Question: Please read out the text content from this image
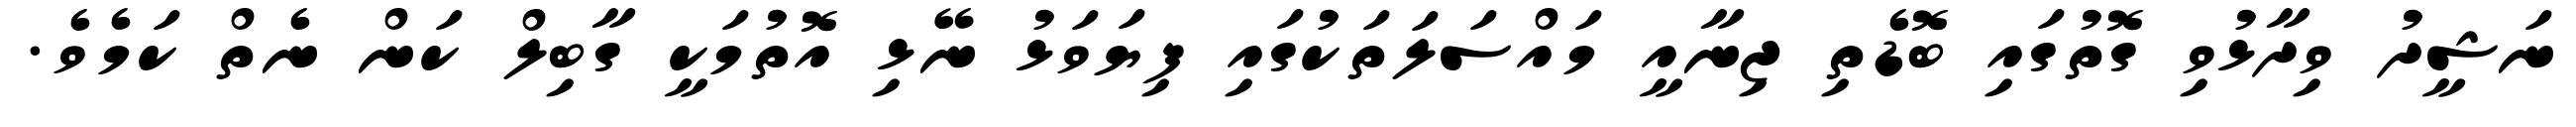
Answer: ނަޝީދު ވިދާޅުވި ގޮތުގައި ބޮޑެތި ޖިނާއީ މައްސަލަތަކުގައި ފިޔަވަޅު ނޭޅި އޮތުމަކީ ގާބިލް ކަން ނެތް ކަމެވެ.